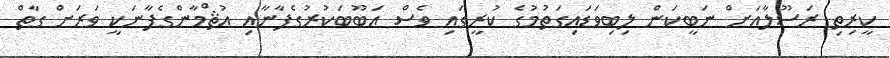
ކީރިތި ރަސޫލާއަށް ނަބީކަން ލިބިވަޑައިގަތުމުގެ ކުރީގައި ވެސް އަބޫބަކުރުގެފާނާއި އުޘްމާންގެފާނަކީ ވަރަށް ގާތް